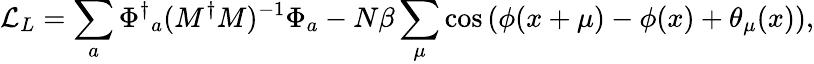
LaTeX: {\cal L}_{L}=\sum_{a}{\Phi^{\dagger}}_{a}(M^{\dagger}M)^{-1}\Phi_{a}-N\beta\sum_{\mu}\cos{(\phi(x+\mu)-\phi(x)+\theta_{\mu}(x))},